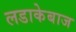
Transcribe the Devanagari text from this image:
लडाकेबाज